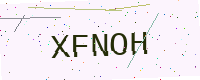
Text: XFNOH